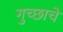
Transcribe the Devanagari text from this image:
गुच्छाचे